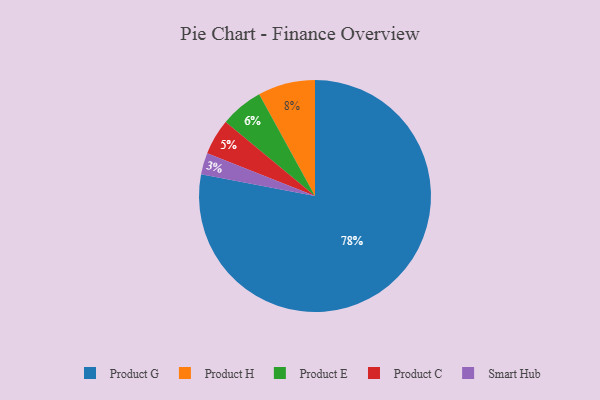
{"axis": {"x": "Category", "y": "Percentage"}, "legend": ["Product C", "Product E", "Product G", "Product H", "Smart Hub"], "data": [{"x": "Product G", "y": 78, "type": "Product G"}, {"x": "Product C", "y": 5, "type": "Product C"}, {"x": "Product E", "y": 6, "type": "Product E"}, {"x": "Smart Hub", "y": 3, "type": "Smart Hub"}, {"x": "Product H", "y": 8, "type": "Product H"}]}